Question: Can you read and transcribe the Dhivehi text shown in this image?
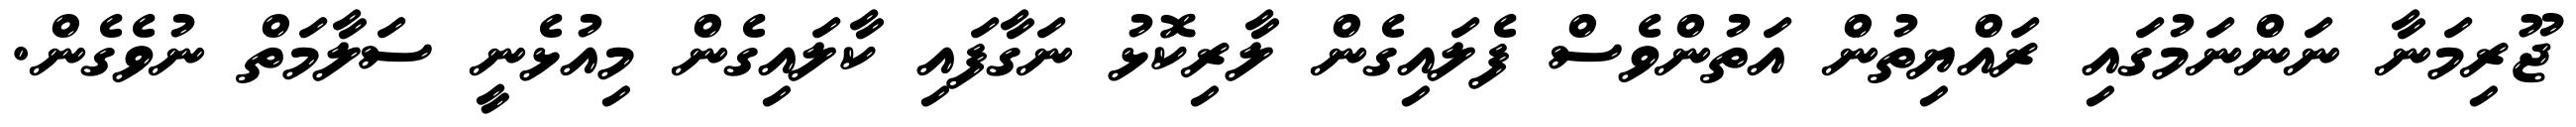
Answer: ޖޫރިމަނާ ނަންނަމުގައި ރައްޔިތުން އަތުންވެސް ފެލައިގެން ލާރިކޮޅު ނަގާފައި ކާލައިގެން މިއުޅެނީ ސަލާމަތް ނުވެގެން.